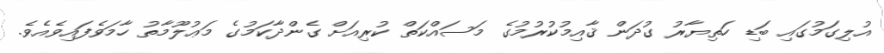
އުލިގަމުގައި ބަޑި ހަތިޔާރު ގުދަން ޤާއިމުކުރުމުގެ މަސައްކަތް ކުރިއަށް ގެންދާކަމުގެ މަޢުލޫމާތު ހާމަވެފައިވެއެވެ.